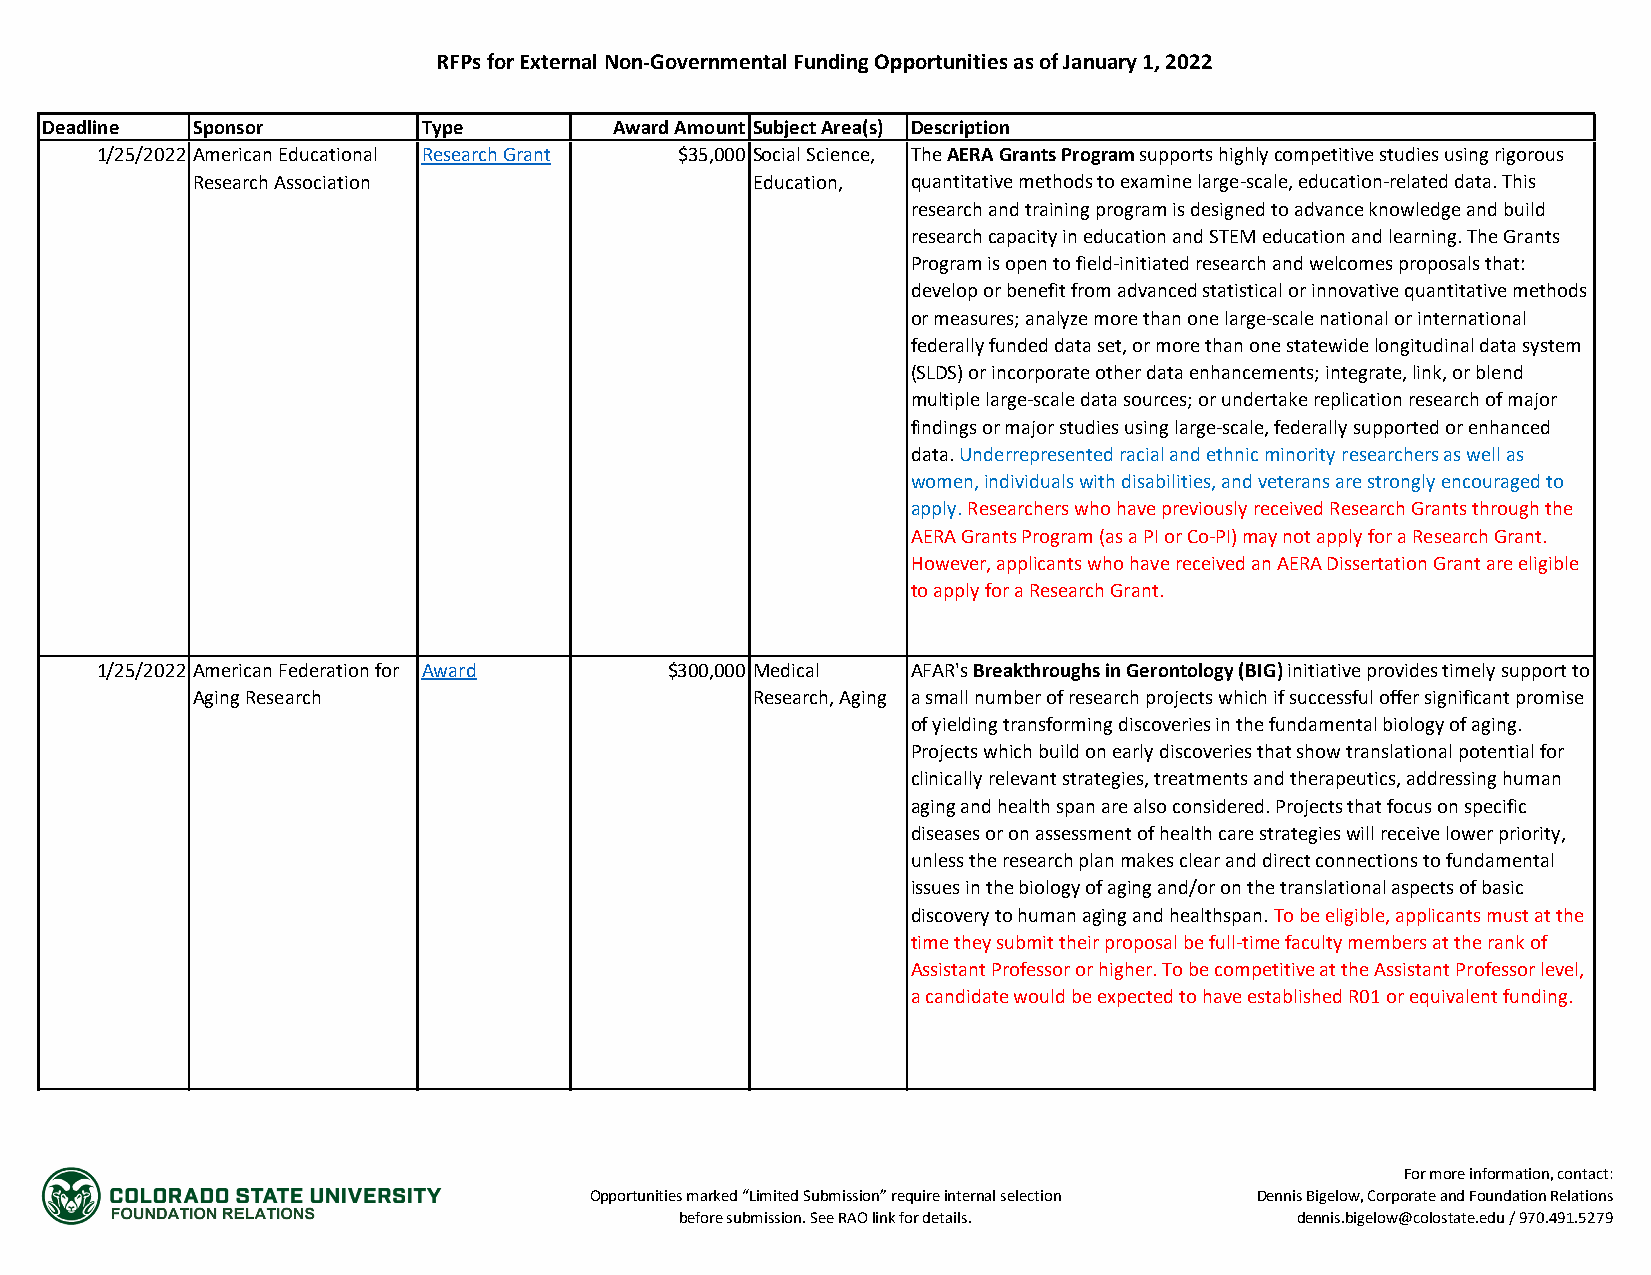
RFPs for External Non-Governmental Funding Opportunities as of January 1, 2022
 Deadline  Sponsor        Type         Award Amount Subject Area(s) Description
 1/25/2022 American Educational Research Grant $35,000 Social Science, The AERA Grants Program supports highly competitive studies using rigorous
 Research Association                 Education, quantitative methods to examine large-scale, education-related data. This
 research and training program is designed to advance knowledge and build
 research capacity in education and STEM education and learning. The Grants
 Program is open to field-initiated research and welcomes proposals that:
 develop or benefit from advanced statistical or innovative quantitative methods
 or measures; analyze more than one large-scale national or international
 federally funded data set, or more than one statewide longitudinal data system
 (SLDS) or incorporate other data enhancements; integrate, link, or blend
 multiple large-scale data sources; or undertake replication research of major
 findings or major studies using large-scale, federally supported or enhanced
 data. Underrepresented racial and ethnic minority researchers as well as
 women, individuals with disabilities, and veterans are strongly encouraged to
 apply. Researchers who have previously received Research Grants through the
 AERA Grants Program (as a PI or Co-PI) may not apply for a Research Grant.
 However, applicants who have received an AERA Dissertation Grant are eligible
 to apply for a Research Grant.
 1/25/2022 American Federation for Award $300,000 Medical AFAR's Breakthroughs in Gerontology (BIG) initiative provides timely support to
 Aging Research                       Research, Aging a small number of research projects which if successful offer significant promise
 of yielding transforming discoveries in the fundamental biology of aging.
 Projects which build on early discoveries that show translational potential for
 clinically relevant strategies, treatments and therapeutics, addressing human
 aging and health span are also considered. Projects that focus on specific
 diseases or on assessment of health care strategies will receive lower priority,
 unless the research plan makes clear and direct connections to fundamental
 issues in the biology of aging and/or on the translational aspects of basic
 discovery to human aging and healthspan. To be eligible, applicants must at the
 time they submit their proposal be full-time faculty members at the rank of
 Assistant Professor or higher. To be competitive at the Assistant Professor level,
 a candidate would be expected to have established R01 or equivalent funding.
 For more information, contact:
 Opportunities marked “Limited Submission” require internal selection Dennis Bigelow, Corporate and Foundation Relations
 before submission. See RAO link for details. dennis.bigelow@colostate.edu / 970.491.5279